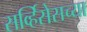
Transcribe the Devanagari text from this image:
सर्व्हिसेसच्या